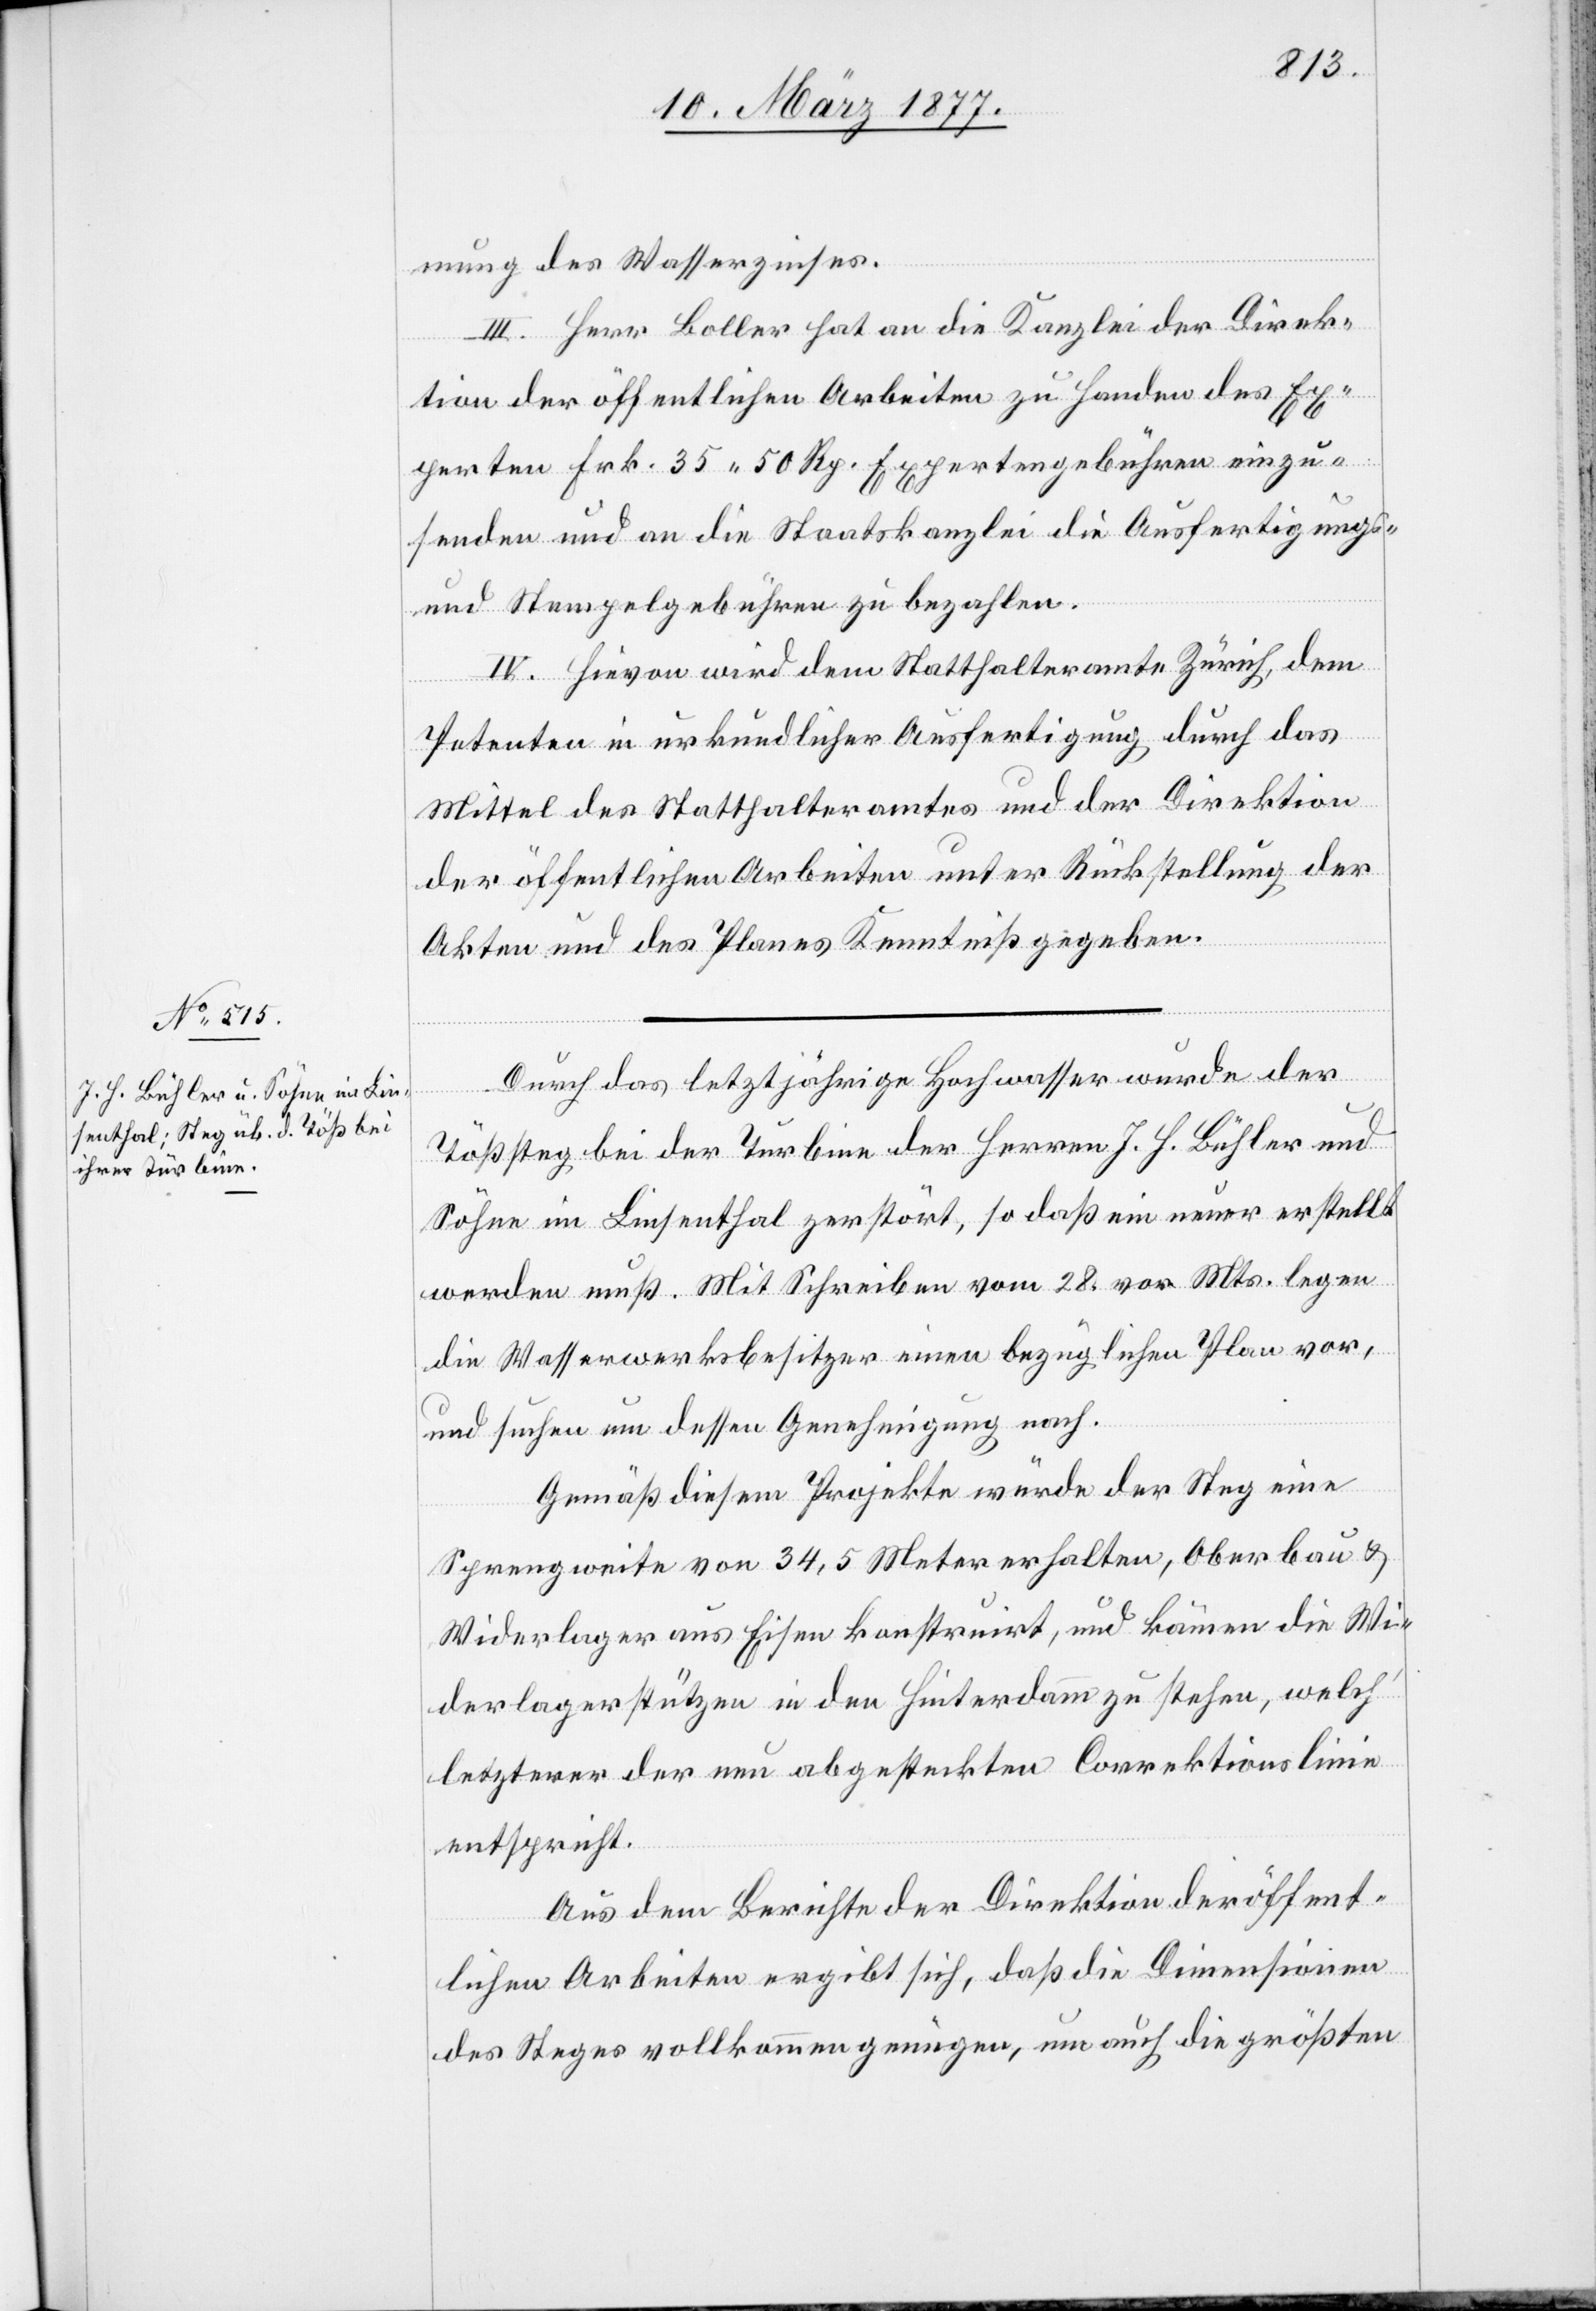
mung des Wasserzinses.
III. Herr Boller hat an die Kanzlei der Direk¬
tion der öffentlichen Arbeiten zu Handen des Ex¬
perten Frk. 35 50 Rp. Expertengebühren einzu¬
senden und an die Staatskanzlei die Ausfertigungs-
und Stempelgebühren zu bezahlen.
IV. Hievon wird dem Statthalteramte Zürich, dem
Petenten in urkundlicher Ausfertigung durch das
Mittel des Statthalteramtes und der Direktion
der öffentlichen Arbeiten unter Rückstellung der
Akten und des Planes Kenntniß gegeben.
Durch das letztjährige Hochwasser wurde der
Tößsteg bei der Turbine der Herren J. H. Bühler und
Söhne im Linsenthal zerstört, so daß ein neuer erstellt
werden muß. Mit Schreiben vom 28. vor. Mts. legen
die Wasserwerksbesitzer einen bezüglichen Plan vor,
und suchen um dessen Genehmigung nach.
Gemäß diesem Projekte würde der Steg eine
Sprengweite von 34,5 Meter erhalten, Oberbau &
Widerlager aus Eisen konstruirt, und kämen die Wi¬
derlagerstützen in den Hinterdamm zu stehen, welch’
letzterer der neu abgesteckten Correktionslinie
entspricht.
Aus dem Berichte der Direktion der öffent¬
lichen Arbeiten ergibt sich, daß die Dimensionen
des Steges vollkommen genügen, um auch die größten